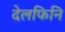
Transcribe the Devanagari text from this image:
देलफिनि